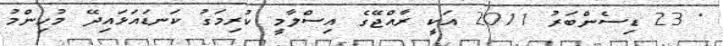
" 23 ޑިސެންބަރު 2011 އަކީ ރާއްޖޭގެ އިސްލާމީ ކުރިމަގު ކަނޑައަޅައިދޭ މުހިންމު